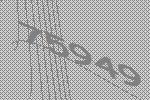
75949